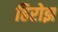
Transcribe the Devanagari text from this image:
हिरोझ